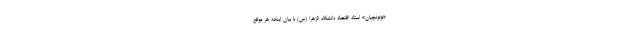
«توتونچیان» استاد اقتصاد دانشگاه الزهرا (س) با بیان اینکه هر موقع